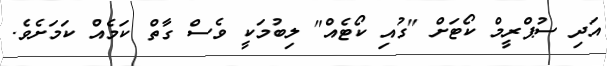
އަދި ސުޕްރީމް ކޯޓަށް "ގުއި ކޯޓެއް" ލިބުމަކީ ވެސް ގާތް ކަމެއް ކަމަށެވެ.